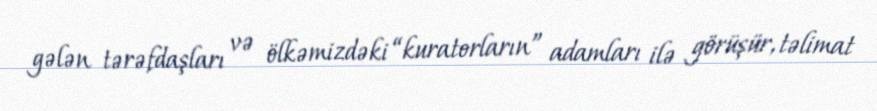
gələn tərəfdaşları və ölkəmizdəki “kuratorların” adamları ilə görüşür, təlimat